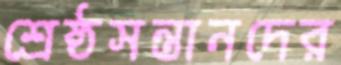
শ্রেষ্ঠসন্তানদের